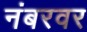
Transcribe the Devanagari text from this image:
नंबरवर